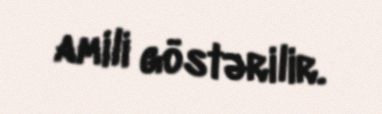
amili göstərilir.